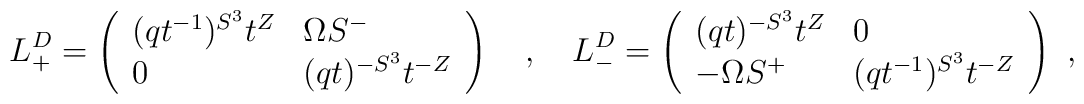
L^D_+=\left(\begin{array}{ll}(qt^{-1})^{S^3}t^Z & \Omega S^-\\0 & (qt)^{-S^3}t^{-Z}\end{array}\right)\ \ \ ,\ \ \ L^D_-=\left(\begin{array}{ll}(qt)^{-S^3}t^Z & 0\\-\Omega S^+ & (qt^{-1})^{S^3}t^{-Z}\end{array}\right)\ ,